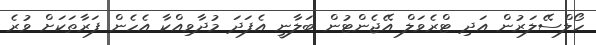
ހޯލްސޭލަރުން އަދި ޓްރެވަލް އޭޖެންޓުން ބަލާނީ އެފަދަ މުދާވިއްކާ އެހެން ފަރާތަކަށް ވުރެ